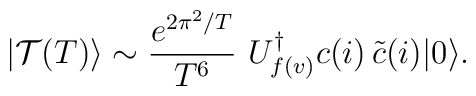
|\mathcal{T}(T)\rangle \sim \frac{ e^{2 \pi^2 /T}}{ T^6}\,\, U_{f(v)}^{\dagger} c(i) \,\tilde{c}(i) |0\rangle.